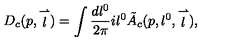
D _ { c } ( p , \stackrel { \rightharpoonup } { l } ) = \int \frac { d l ^ { 0 } } { 2 \pi } i l ^ { 0 } \tilde { A } _ { c } ( p , l ^ { 0 } , \stackrel { \rightharpoonup } { l } ) ,